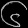
Digit: ၆